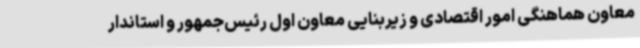
معاون هماهنگی امور اقتصادی و زیربنایی معاون اول رئیس‌جمهور و استاندار